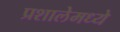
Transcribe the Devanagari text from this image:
प्रशालेमध्ये